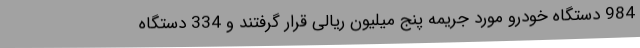
984 دستگاه خودرو مورد جریمه پنج میلیون ریالی قرار گرفتند و 334 دستگاه